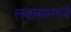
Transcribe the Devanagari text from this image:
लढायामध्ये